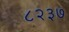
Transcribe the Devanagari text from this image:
८२३७